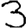
Digit: 3